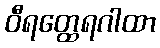
ဝီရတ္ထေရဂါထာ